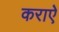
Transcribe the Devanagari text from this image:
कराऐ